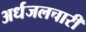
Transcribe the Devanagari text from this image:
अर्धजलचारी